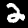
Digit: 2